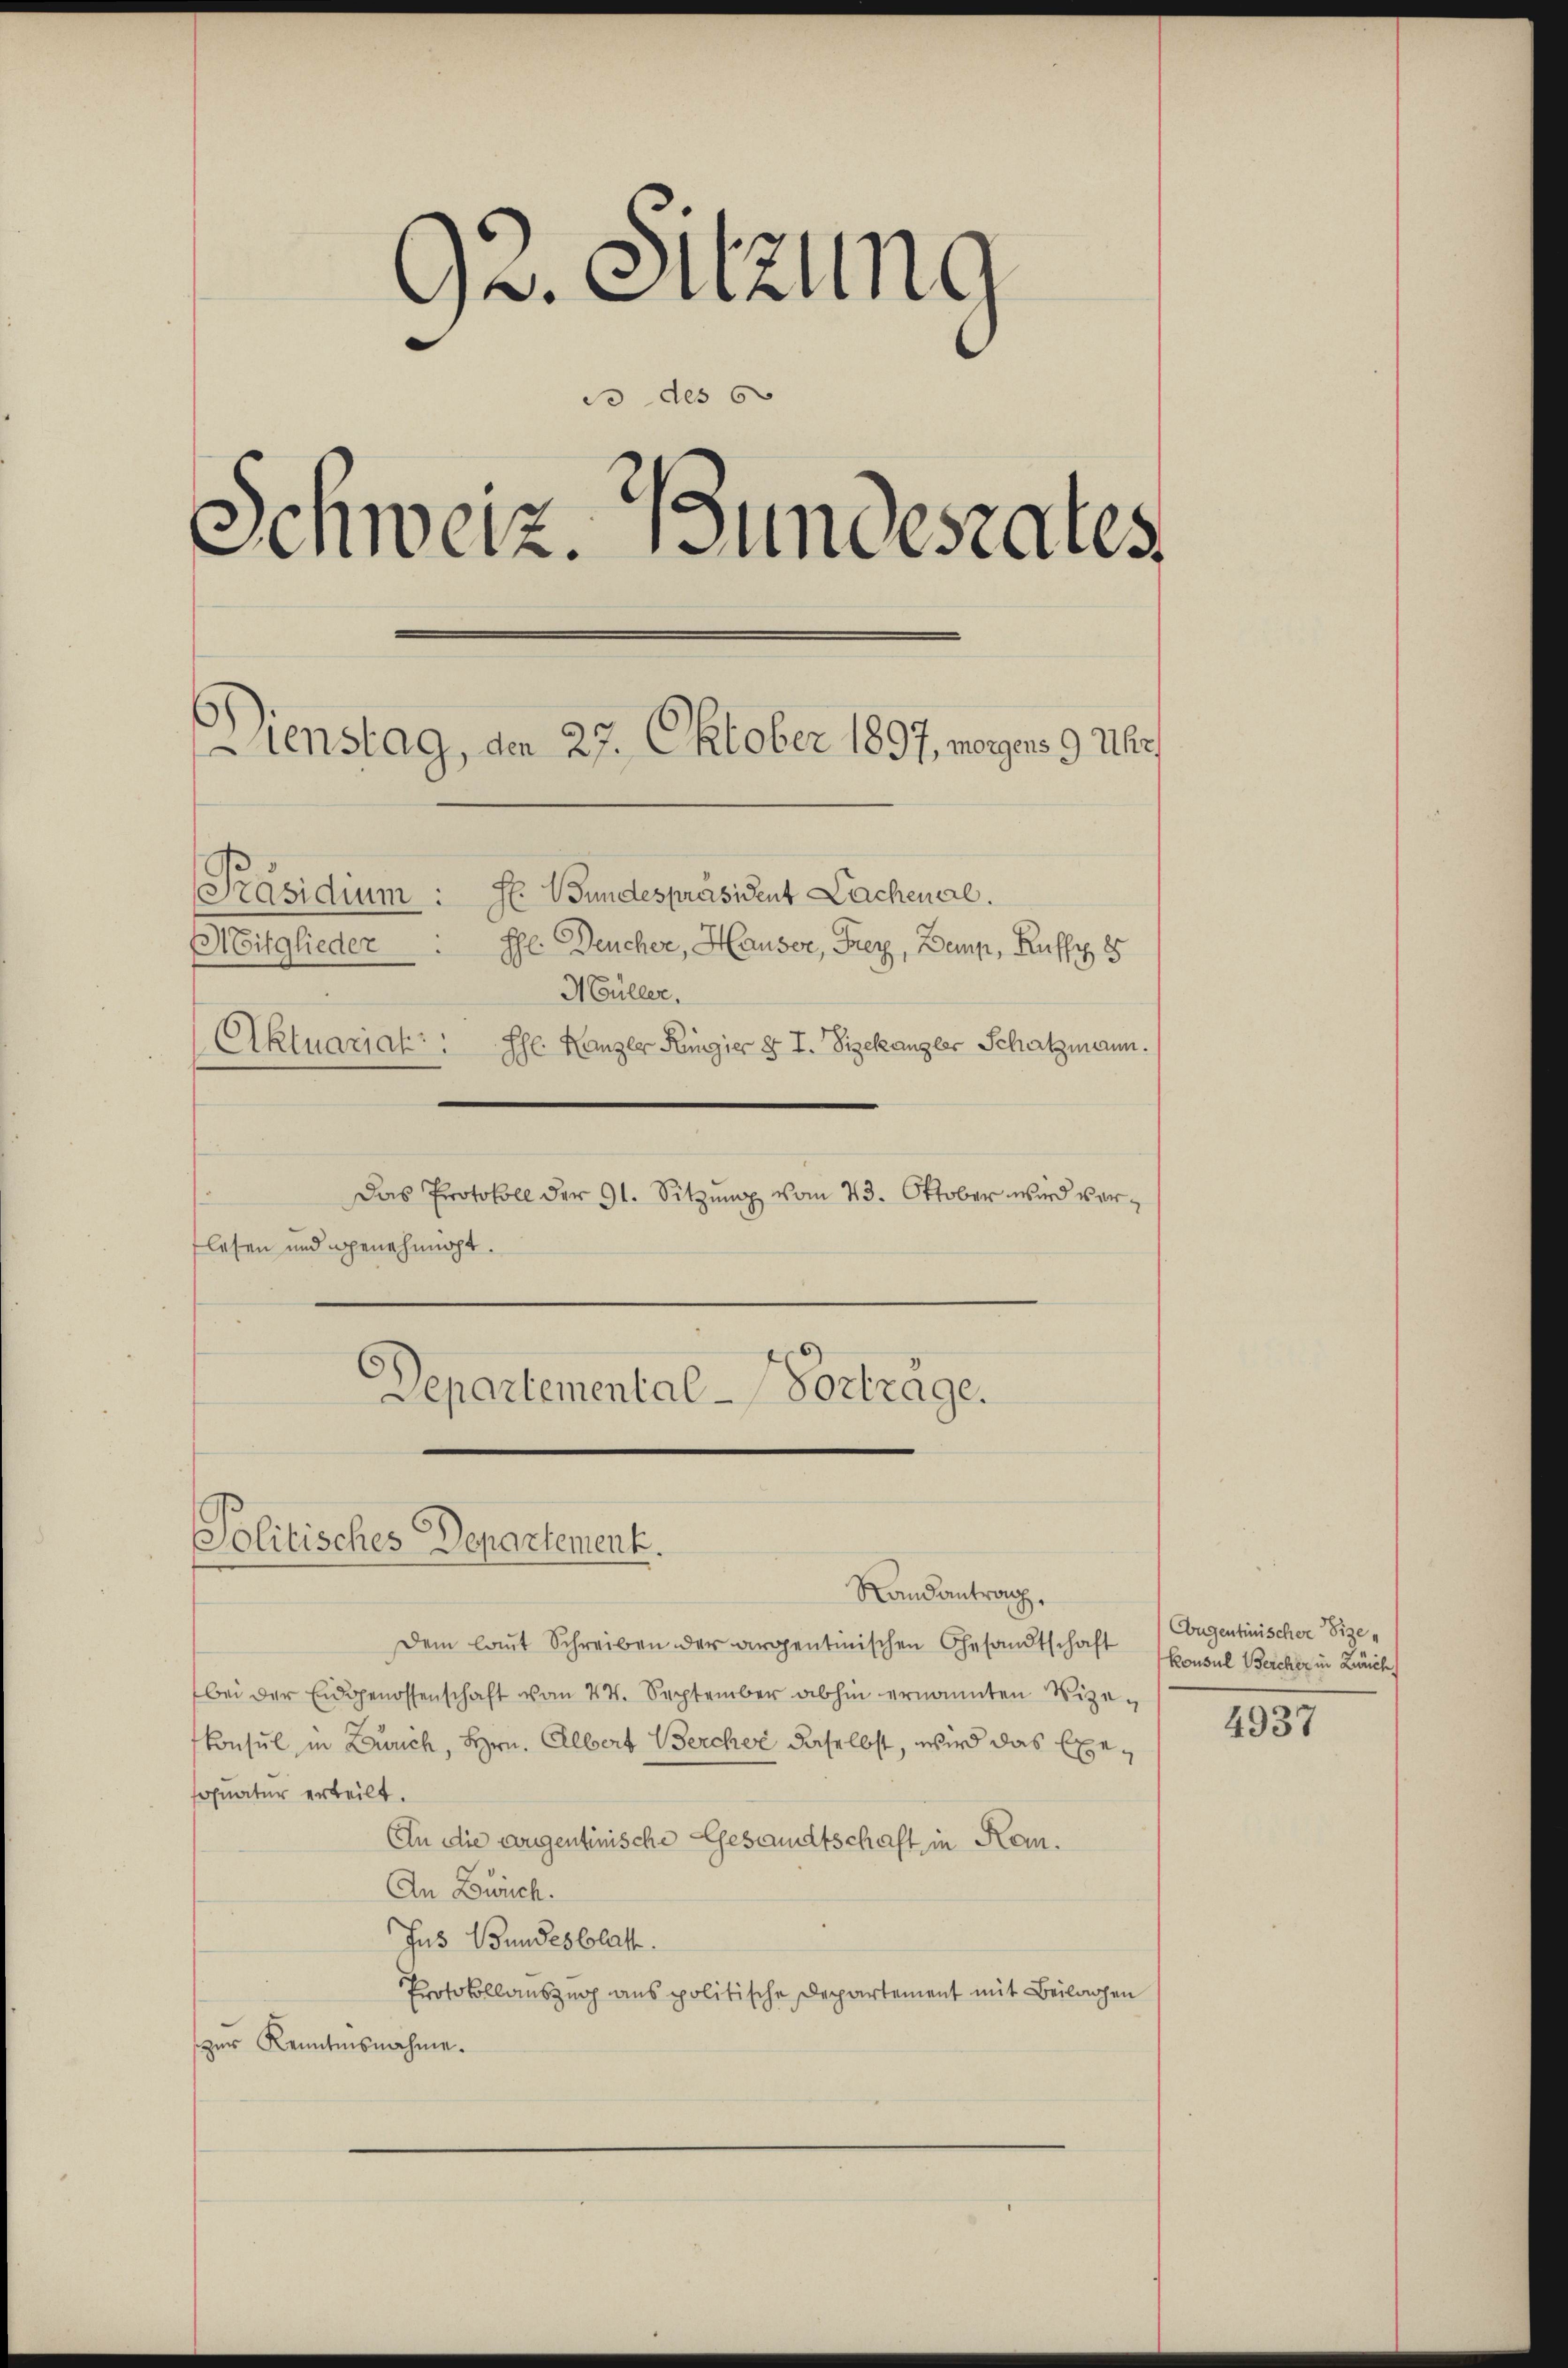
92. Sitzung
3 des 60
Schweiz. Bundesrates
Dienstag, den 27. Oktober 1897, morgens 9 Uhr
H. Wundespräsident Lachenal.
Präsidium:
Mitglieder Ehe. Deucher, Hauser, Frey, Demp, Ruffy 8
Müller.
Aktuariat : Ehe Kanzer Ringier § I. Zizekanzler Schatzmann.
Das Protokoll der 91. Sitzung vom 23. Oktober wird verflesen und genehmigt.
Departemental-Vortrage.

Solitisches Departement.
Randantrag.

Dem laut Schreiben der argentinischen Gesandtschaft
bei der Eidgenossenschaft vom 24. September abhin ernannten Vize-
konsul in Zürich, Hrn. Albert Berchor daselbst, wird das Exeofnatur erteilt.
An die eigentinische Gesandtschaft in Kon¬
An Zwich.
Jus Bundesblatt.
Protokollauszug aus politische Departement mit Beilagen
zur Kenntnisnahme.

Cougentinischer Vize-
Konsul Bercher in Zürich.

4937